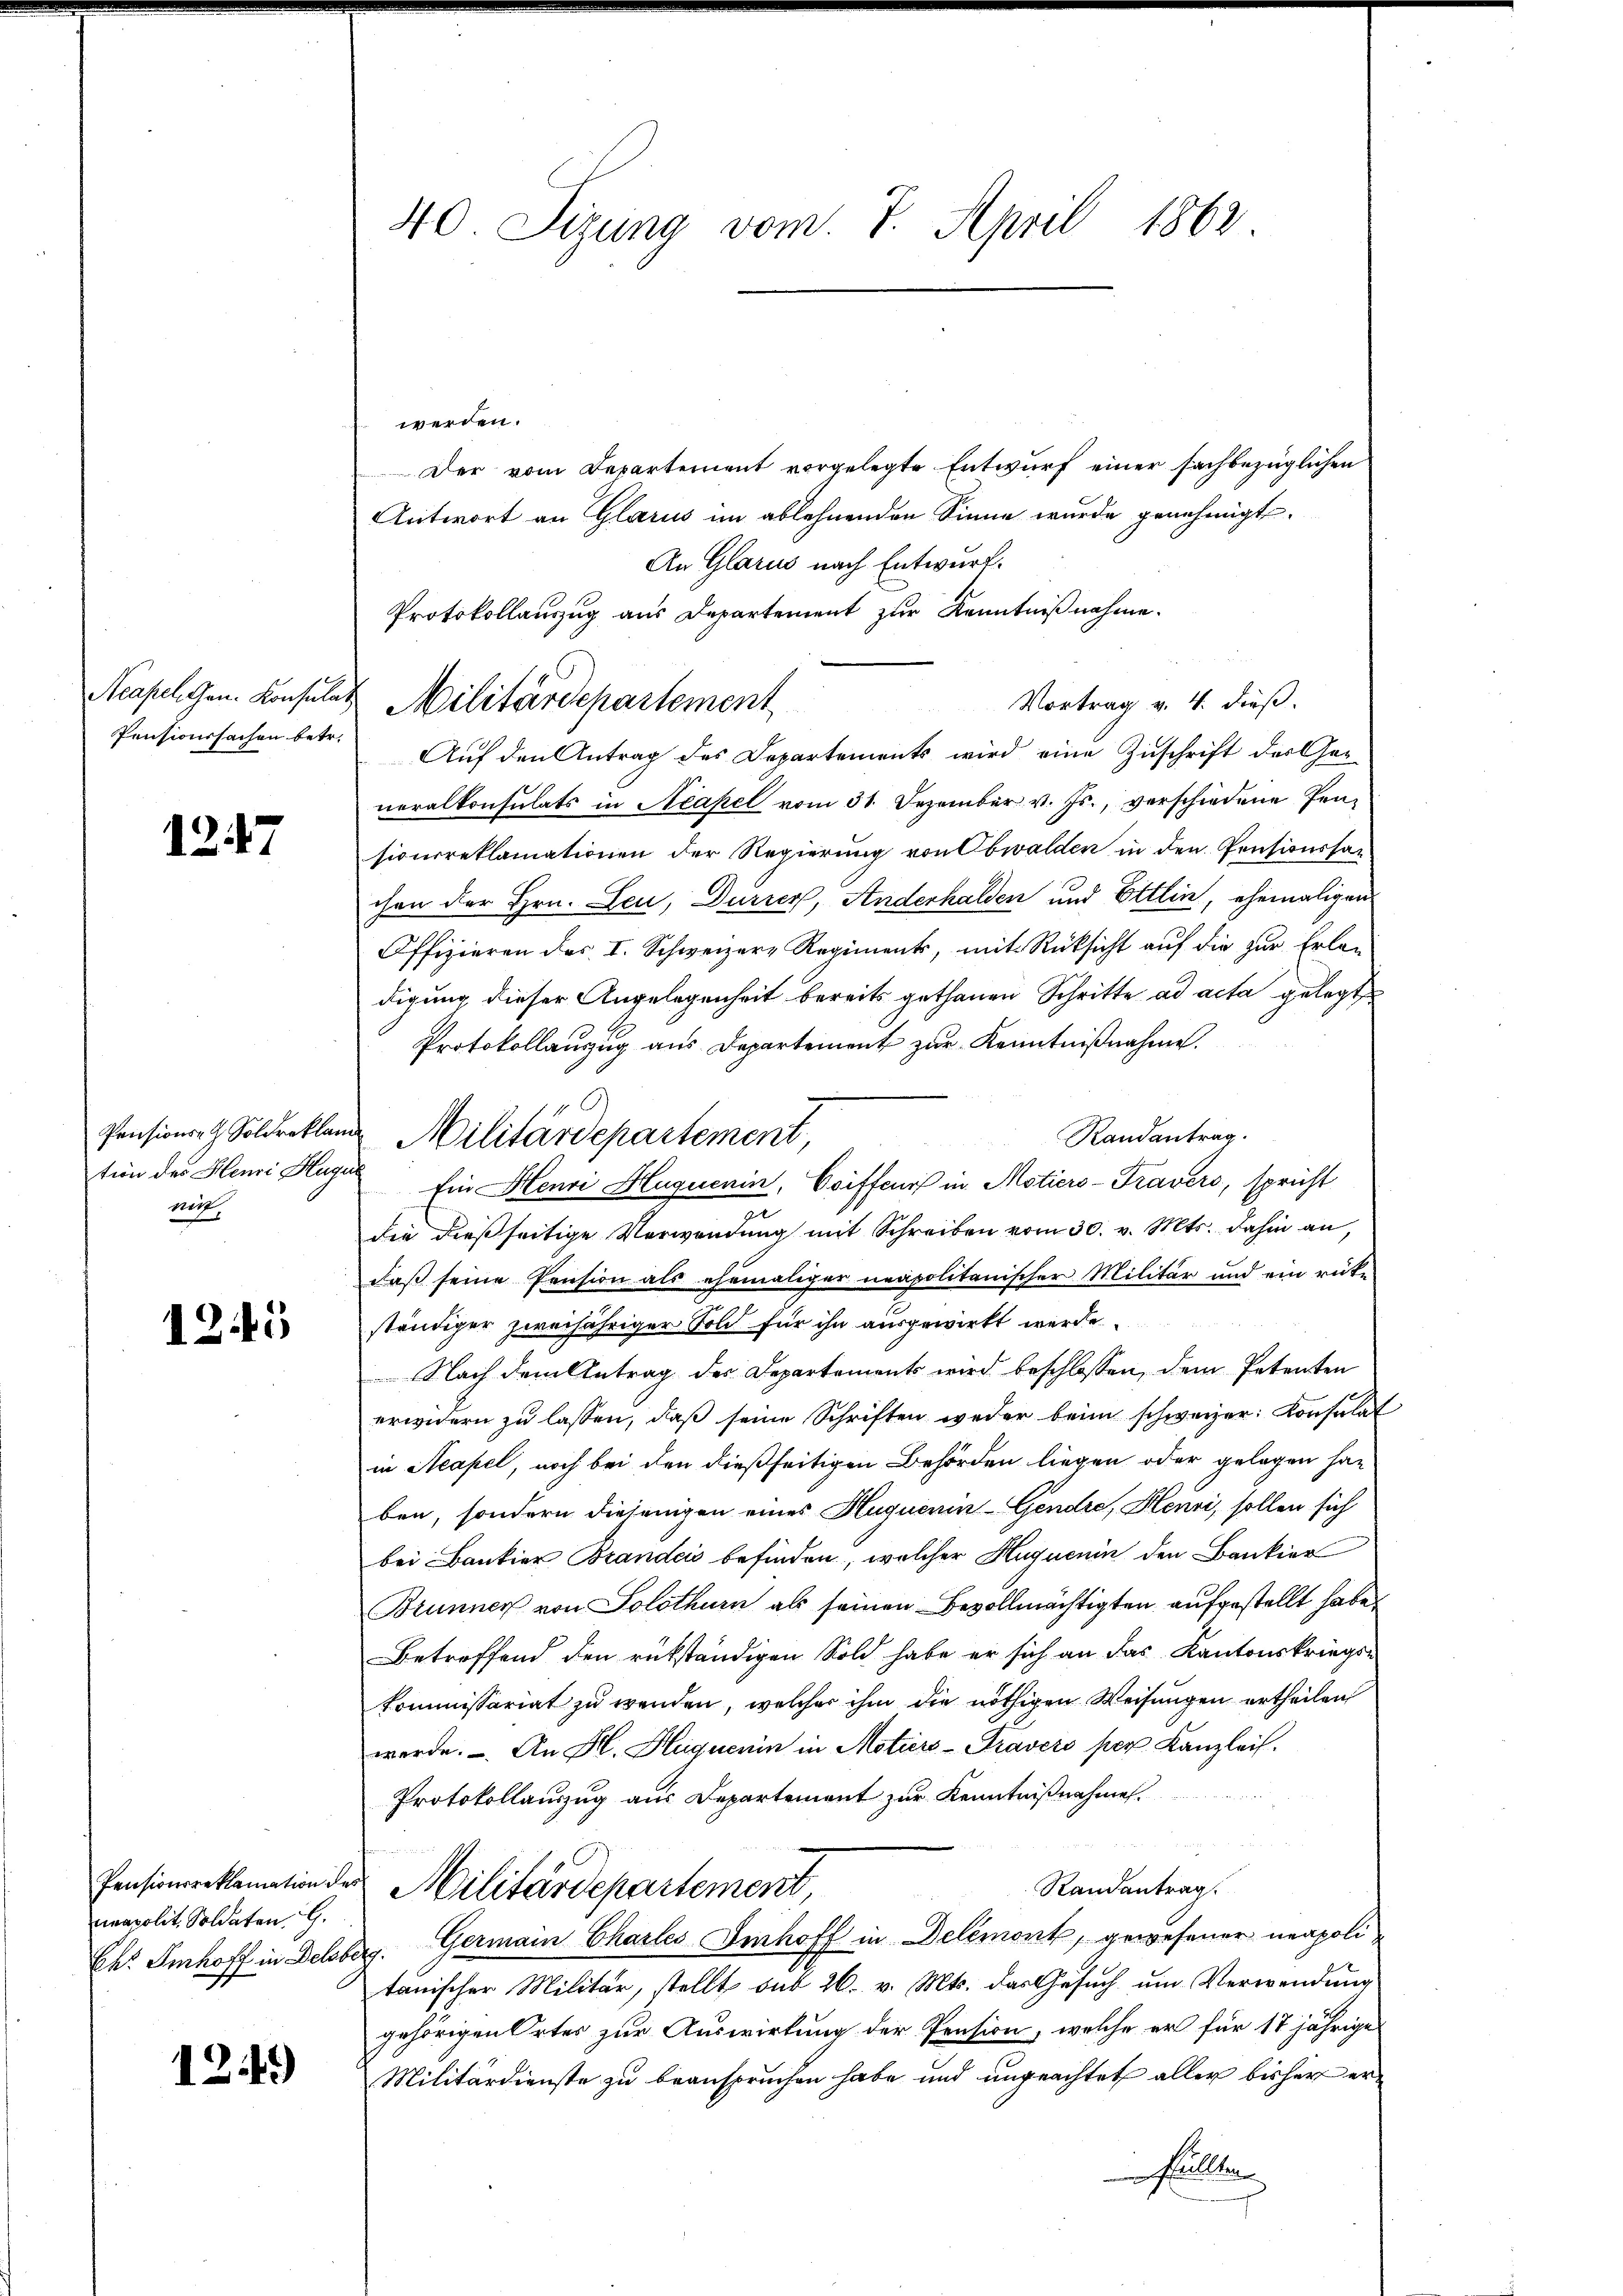
Acapel Gen. Konsulat
Pensionssachen betr.

1247

Pensions Soldreklam
tion des Henri Huge
witt

125

Pensionsreklamation des
neapolit. Soldaten. G.
Chr. Imhoff in Delsbe

1249)

40 Sizung vom 7. April 1862

Protokollauszug aus Departement zur Kenntnißnahme.
Militärdepartement

werden.
Der vom Departement vorgelegte Entwurf einer sachbezüglichen
Antwort an Glarus im ablehnenden Sinne wurde genehmigt.
An Glarus nach Entwurf.
Vortrag v. 4. dieß.
Auf den Antrag des Departements wird eine Zuschrift der Generalkonsulats in Neapel vom 31. Dezember v. Js., verschiedene Pensioncreklamationen der Regierung von Obwalden in den Pensionssac
chen der Hrn. Leu, Durrer, Anderhalden und Ettlin, ehemaligen
Offizieren des I. Schweizere Regiments, mit Rücksicht aŭf die zur Erlan
digung dieser Angelegenheit bereits gethanen Schritte ad acta gelegt
Protokollauzug aus Departement zur Kenntnißnahme.
Randantrag.
Ein Henri Hluquenin, Coiffeurs in Motiers-Travers, spricht
.
die dießseitige Verwendung mit Schreiben vom 30. v. Mts. dahin an,
daß seine Pension als ehemaliger neapolitanischer Militär und ein rücke
ständiger zweijähriger Fold für ihn ausgewirkt werde.
Nach dem Antrag der Departements wird beschlossen, dem Petenten
erwidern zu lassen, daß seine Schriften weder beim schweizer Konsulat
in Neapel, noch bei den dießseitigen Behörden liegen oder gelegen han
ben, sondern diejenigen eines Huquenin-Gendre, Henzi, sollen sich
bei Bankier Brandei befinden, welcher Huguenin den Bankier
Brunner von Solothurn als seinen Bevollmächtigten aufgestellt habe,
Betreffend den rükständigen Sold habe er sich an das Kantonskriegs-
kommissariat zu wenden, welcher ihm die nöthigen Weisungen ertheilen
werde. An H. Huquenin in Motiers-Pravers per Kanzlei.
Protokollauszug aus Departement zur Kenntnißnahme.
Randantrag.
Militärdepartement,
dg. Germain Chartes Imhoff in Delémont, gewesener neapolitanischer Militär, stellt aus 26. v. Mts. das Gesuch um Verwendung
gehörigen Ortes zur Auswirkung der Pension, welche er für 17 jährige
Militärdienste zu beanspruchen habe und ungeachtet aller bisher er¬
 Fällen

Militärdepartement